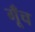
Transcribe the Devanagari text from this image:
गूँच